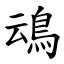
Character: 䲰